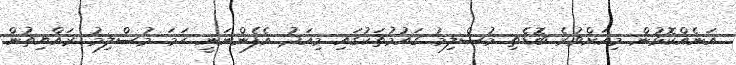
އަނެއްކޮޅުން މިއަށްވުރެ ބޮޑެތި މުސްލިމު ގައުމުތަކުގައި މިއަދު އެފެންނަނީ ހަމަ މުސްލިމު ރައްޔިތުން